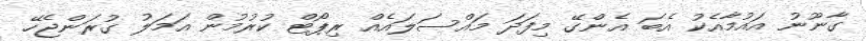
ގާނޫނު އައުމާއެކު އެބަ އެންގޭ މިފަދަ މައްސަލައެއް ރިޕޯޓް ކުރުމުން އަމަލު ގުރަންޖެހޭ